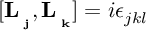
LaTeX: \lbrack \mathbf { L _ { \varphi _ { j } } } , \mathbf { L _ { \varphi _ { k } } } ] = i \epsilon _ { j k l }